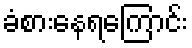
ခံစားနေရကြောင်း